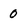
Character: 0